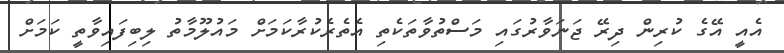
އެއީ އޭގެ ކުރިން ދިރޭ ޖަނަވާރުގައި މަސްތުވާތަކެތި އެތެރެކުރާކަމަށް މައުލޫމާތު ލިބިފައިވާތީ ކަމަށް